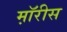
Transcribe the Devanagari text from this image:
म़ॉरीस